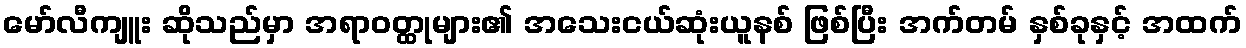
မော်လီကျူး ဆိုသည်မှာ အရာဝတ္ထုများ၏ အသေးငယ်ဆုံးယူနစ် ဖြစ်ပြီး အက်တမ် နှစ်ခုနှင့် အထက်